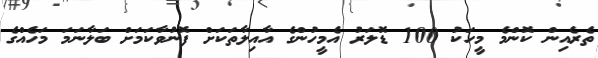
ތެރެއިން ކޮންމެ މީހަކު 100 ޑޮަލަރު އެމީހުންގެ އާއިލާތަކަށް ފޮނުވާކަމަށް ބަލާނަމަ މަހެއްގެ